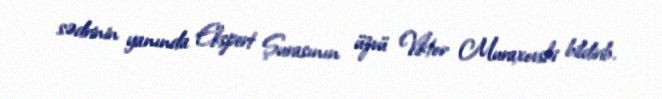
sədrinin yanında Ekspert Şurasının üzvü Viktor Muraxovski bildirib.